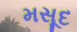
મસૂદ